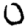
Digit: 0